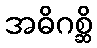
အဓိဂစ္ဆိ